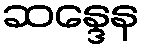
ဆန္ဒေန